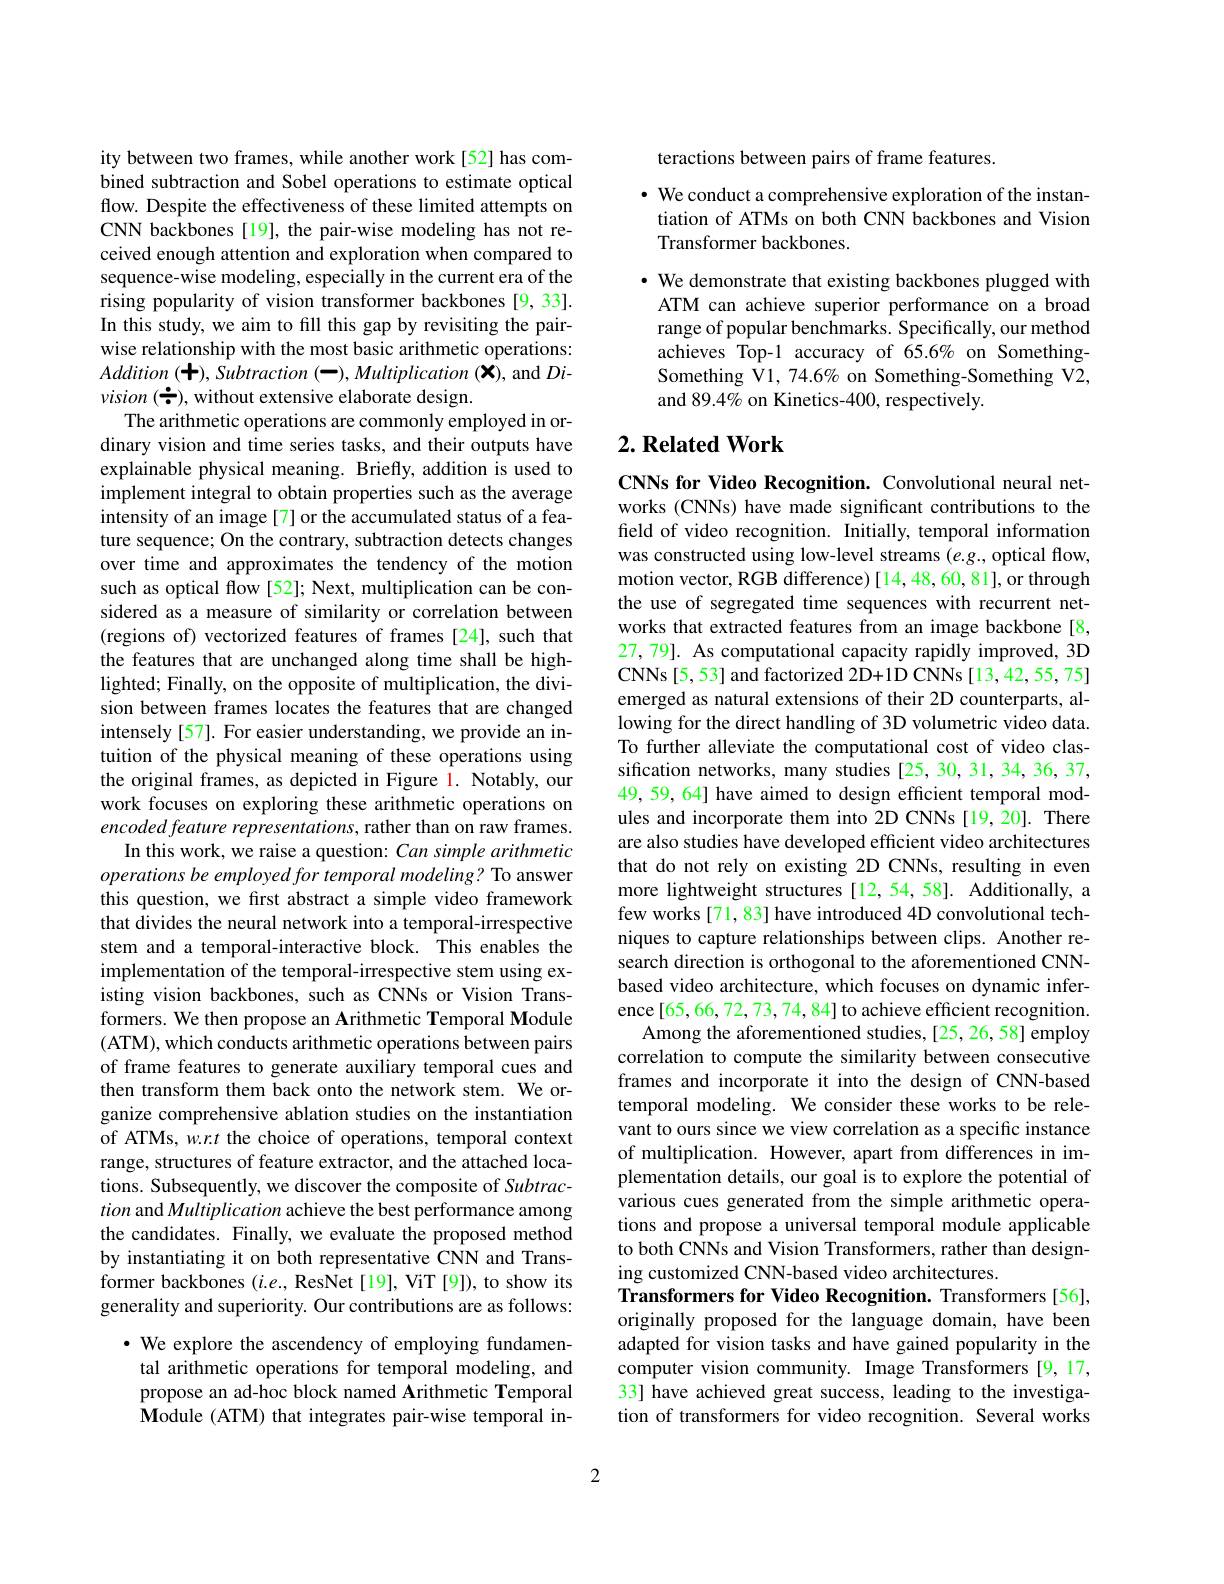
ity between two frames, while another work[52] has combined subtraction and Sobel operations to estimate optical flow. Despite the effectiveness of these limited attempts on CNN backbones [19], the pair-wise modeling has not received enough attention and exploration when compared to sequence-wise modeling, especially in the current era of the rising popularity of vision transformer backbones [9,33]. In this study, we aim to fill this gap by revisiting the pairwise relationship with the most basic arithmetic operations: Addition (+), ${\hat {Su}}btraction$ (-), Multiplication $( \bar{\mathbf{X} } ) $, and $Di$- $vision~(\stackrel{\bullet}{\bullet})$, without extensive elaborate design.
The arithmetic operations are commonly employed in ordinary vision and time series tasks, and their outputs have explainable physical meaning. Briefly, addition is used to implement integral to obtain properties such as the average intensity of an image [7] or the accumulated status of a feature sequence; On the contrary, subtraction detects changes over time and approximates the tendency of the motion such as optical flow [52]; Next, multiplication can be considered as a measure of similarity or correlation between (regions of) vectorized features of frames [24], such that the features that are unchanged along time shall be highlighted; Finally, on the opposite of multiplication, the division between frames locates the features that are changed intensely[57]. For easier understanding, we provide an intuition of the physical meaning of these operations using the original frames, as depicted in Figure 1. Notably, our work focuses on exploring these arithmetic operations on encoded feature representations, rather than on raw frames.
In this work, we raise a question: Can simple arithmetic operations be employed for temporal modeling? To answer this question, we first abstract a simple video framework that divides the neural network into a temporal-irrespective stem and a temporal-interactive block. This enables the implementation of the temporal-irrespective stem using existing vision backbones, such as CNNs or Vision Transformers. We then propose an Arithmetic Temporal Module (ATM), which conducts arithmetic operations between pairs of frame features to generate auxiliary temporal cues and then transform them back onto the network stem. We organize comprehensive ablation studies on the instantiation of ATMs, w.r.t the choice of operations, temporal context range, structures of feature extractor, and the attached locations. Subsequently, we discover the composite of Subtraction and Multiplication achieve the best performance among the candidates. Finally, we evaluate the proposed method by instantiating it on both representative CNN and Transformer backbones $(i.e.$, ResNet [19], ViT [9]), to show its generality and superiority. Our contributions are as follows:
$\cdot$ We explore the ascendency of employing fundamental arithmetic operations for temporal modeling, and propose an ad-hoc block named Arithmetic Temporal

Module (ATM) that integrates pair-wise temporal in-

teractions between pairs of frame features.

$\cdot$ We conduct a comprehensive exploration of the instantiation of ATMs on both CNN backbones and Vision Transformer backbones.

$\cdot$ We demonstrate that existing backbones plugged with ATM can achieve superior performance on a broad range of popular benchmarks. Specifically, our method achieves Top-1 accuracy of 65.6% on SomethingSomething V1, 74.6% on Something-Something V2, and 89.4% on Kinetics-400, respectively.

## $2. \textbf{Related Work}$

CNNs for Video Recognition. Convolutional neural networks (CNNs) have made significant contributions to the field of video recognition. Initially, temporal information was constructed using low-level streams $(e.g.$, optical flow, motion vector, RGB difference) [14,48,60,81], or through the use of segregated time sequences with recurrent networks that extracted features from an image backbone [8, 27, 79]. As computational capacity rapidly improved, 3D CNNs[5,53] and factorized 2D+1D CNNs [13,42,55,75] emerged as natural extensions of their 2D counterparts, allowing for the direct handling of 3D volumetric video data. To further alleviate the computational cost of video classification networks, many studies [25, 30, 31, 34, 36, 37, 49, 59, 64] have aimed to design efficient temporal modules and incorporate them into 2D CNNs [19,20]. There are also studies have developed efficient video architectures that do not rely on existing 2D CNNs, resulting in even more lightweight structures [12,54,58]. Additionally, a few works [71, 83] have introduced 4D convolutional techniques to capture relationships between clips. Another research direction is orthogonal to the aforementioned CNNbased video architecture, which focuses on dynamic inference[65,66,72,73,74,84] to achieve efficient recognition.
Among the aforementioned studies, [25, 26, 58] employ correlation to compute the similarity between consecutive frames and incorporate it into the design of CNN-based temporal modeling. We consider these works to be relevant to ours since we view correlation as a specific instance of multiplication. However, apart from differences in implementation details, our goal is to explore the potential of various cues generated from the simple arithmetic operations and propose a universal temporal module applicable to both CNNs and Vision Transformers, rather than designing customized CNN-based video architectures.
Transformers for Video Recognition. Transformers [56], originally proposed for the language domain, have been adapted for vision tasks and have gained popularity in the computer vision community. Image Transformers [9,17, 33] have achieved great success, leading to the investigation of transformers for video recognition. Several works

2